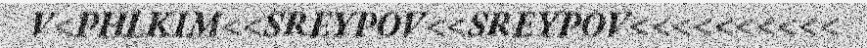
V<PHLKIM<<SREYPOV<<SREYPOV<<<<<<<<<<